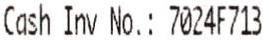
CASH INV NO.: 7024F713